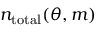
n _ { \mathrm { t o t a l } } ( \theta , m )